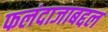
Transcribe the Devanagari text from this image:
फलंदाजाबद्दल